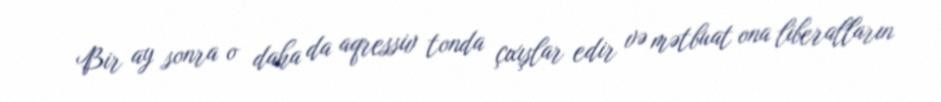
Bir ay sonra o daha da aqressiv tonda çıxışlar edir və mətbuat ona liberalların